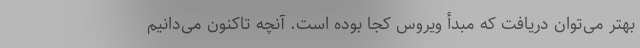
بهتر می‌توان دریافت که مبدأ ویروس کجا بوده است. آنچه تاکنون می‌دانیم